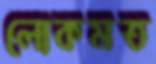
লোকমত